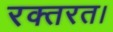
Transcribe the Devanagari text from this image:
रक्तरत।